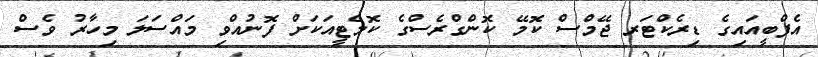
އެފްބީއައިގެ ޑިރެކްޓަރ ޖޭމްސް ކޮމޭ ކޮންގްރެސްގެ ކޮމެޓީއަކަށް ފޮނުއްވި މައްސަލަ މިހާރު ވެސް